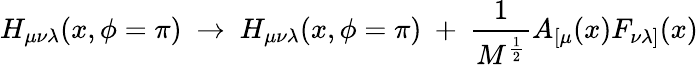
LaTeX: H_{\mu\nu\lambda}(x,\phi=\pi)~\rightarrow~H_{\mu\nu\lambda}(x,\phi=\pi)~+~\frac{1}{M^{\frac{1}{2}}}A_{[\mu}(x)F_{\nu\lambda]}(x)